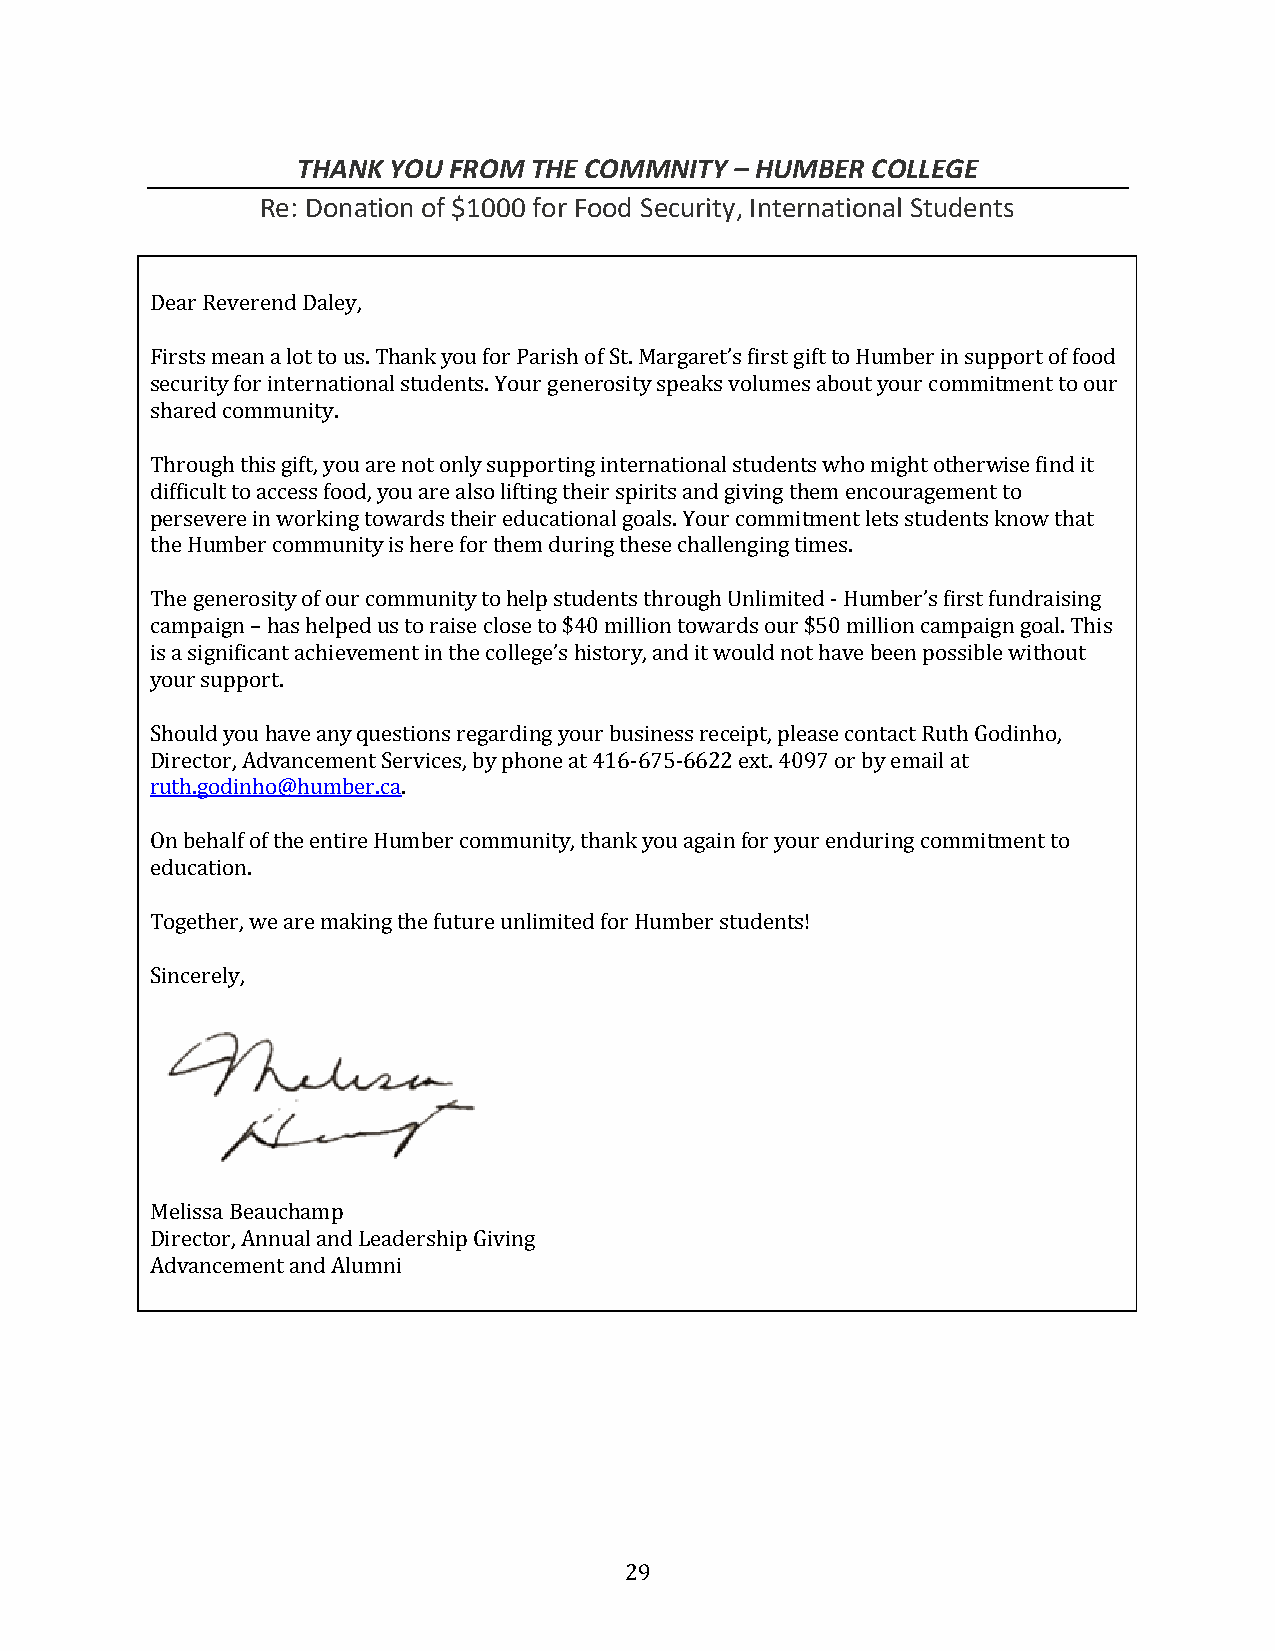
THANK YOU FROM THE COMMNITY  – HUMBER COLLEGE
 Re: Donation of $1000 for Food Security, International Students
 Dear Reverend Daley,
 Firsts mean a lot to us. Thank you for Parish of St. Margaret’s first gift to Humber in support of food
 security for international students. Your generosity speaks volumes about your commitment to our
 shared community.
 Through this gift, you are not only supporting international students who might otherwise find it
 difficult to access food, you are also lifting their spirits and giving them encouragement to
 persevere in working towards their educational goals. Your commitment lets students know that
 the Humber community is here for them during these challenging times.
 The generosity of our community to help students through Unlimited - Humber’s first fundraising
 campaign – has helped us to raise close to $40 million towards our $50 million campaign goal. This
 is a significant achievement in the college’s history, and it would not have been possible without
 your support.
 Should you have any questions regarding your business receipt, please contact Ruth Godinho,
 Director, Advancement Services, by phone at 416-675-6622 ext. 4097 or by email at
 ruth.godinho@humber.ca.
 On behalf of the entire Humber community, thank you again for your enduring commitment to
 education.
 Together, we are making the future unlimited for Humber students!
 Sincerely,
 Melissa Beauchamp
 Director, Annual and Leadership Giving
 Advancement and Alumni
 29